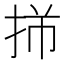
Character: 𫼩